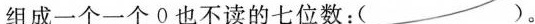
组成一个一个0也不读的七位数：( )。